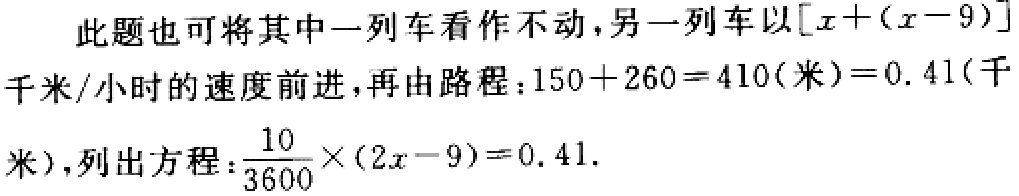
此题也可将其中一列车看作不动，另一列车以\([x+(x - 9)]\)千米/小时的速度前进，再由路程：\(150 + 260 = 410(米)=0.41(千米)\)，列出方程：\(\frac{10}{3600}\times(2x - 9)=0.41\)。